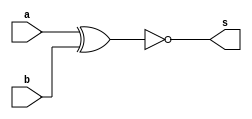
//------------------------------------------------------
//-- Exercicio 3 - XNOR
//-- NOME: Afonso de Souza Spinelli
//-- MATRICULA: 266304
//-- DATA: 03/08/2011
//------------------------------------------------------
//---------------------------------------------------------------------
//--02.) Construir a tabela_verdade para a porta XNOR  com 2 entradas.
//--     Obs.: Usar operador ( ~(a^b) ) na definicao do modulo.
//---------------------------------------------------------------------

// ---------------------
// -- xnor gate
// ---------------------
module xnorgate ( output s,
                  input a, 
                  input b);

  assign s = ~(a^b);

endmodule // xnorgate

// ---------------------
// -- test xnor gate
// ---------------------
module testxnorgate;
// ---------------------- dados locais
   reg a, b; // definir registradores
   wire s;   // definir conexao (fio)

// ------------------------- instancia
   xnorgate XNOR1(s, a, b);

// ------------------------- preparacao
   initial begin:start
           a=0; b=0;
   end

// ------------------------- parte principal
   initial begin
           $display("Exercicio 3 - Afonso Spinelli - 266304");
           $display("Tabela Verdade para porta XNOR - v1.0\n");
           $display ("~(a ^ b) = s\n");
           
   #1	   $display ("~(%b ^ %b) = %b", a, b, s);
           a = 0; b = 1;
   #1	   $display ("~(%b ^ %b) = %b", a, b, s);
           a = 1; b = 0;
   #1      $display ("~(%b ^ %b) = %b", a, b, s);
           a = 1; b = 1;
   #1	   $display ("~(%b ^ %b) = %b", a, b, s);
   end

endmodule // testxnorgate